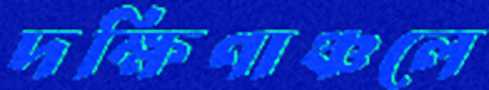
দক্ষিণাঞ্চলে